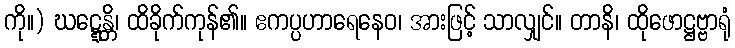
ကို။) ဃဋ္ဋေန္တိ၊ ထိခိုက်ကုန်၏။ ဧကပ္ပဟာရေနေဝ၊ အားဖြင့် သာလျှင်။ တာနိ၊ ထိုဖောဋ္ဌဗ္ဗာရုံ